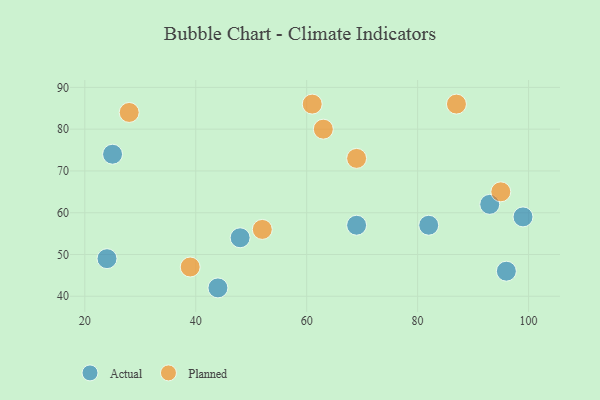
{"axis": {"x": "GDP", "y": "Life Expectancy"}, "legend": ["Actual", "Planned"], "data": [{"x": "48", "y": 54, "type": "Actual"}, {"x": "25", "y": 74, "type": "Actual"}, {"x": "93", "y": 62, "type": "Actual"}, {"x": "69", "y": 57, "type": "Actual"}, {"x": "82", "y": 57, "type": "Actual"}, {"x": "96", "y": 46, "type": "Actual"}, {"x": "99", "y": 59, "type": "Actual"}, {"x": "24", "y": 49, "type": "Actual"}, {"x": "44", "y": 42, "type": "Actual"}, {"x": "69", "y": 73, "type": "Planned"}, {"x": "28", "y": 84, "type": "Planned"}, {"x": "63", "y": 80, "type": "Planned"}, {"x": "61", "y": 86, "type": "Planned"}, {"x": "52", "y": 56, "type": "Planned"}, {"x": "39", "y": 47, "type": "Planned"}, {"x": "87", "y": 86, "type": "Planned"}, {"x": "95", "y": 65, "type": "Planned"}]}